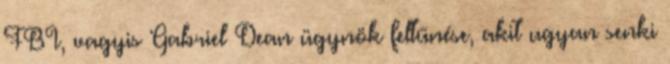
FBI, vagyis Gabriel Dean ügynök feltűnése, akit ugyan senki